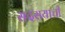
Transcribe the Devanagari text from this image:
सदसयाची